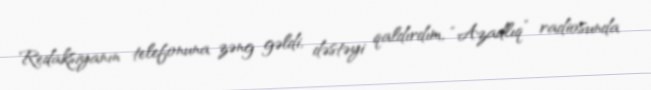
Redaksiyanın telefonuna zəng gəldi, dəstəyi qaldırdım, “Azadlıq” radiosunda